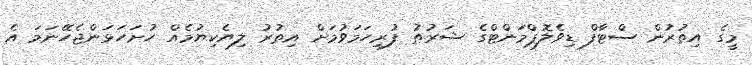
މީގެ އިތުރުން ސްޓާފް ޑިވެލޮޕްމަންޓްގެ ޝަރުޠު ފުރިހަމަވުމަށް އިތުރު ލިޔެކިޔުމެއް ހުށަހަޅަންޖެހޭނަމަ އެ